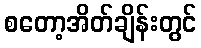
စတော့အိတ်ချိန်းတွင်